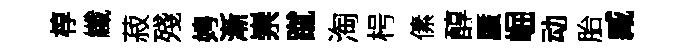
椁纖菽殘娉漸崇蹴淘枵傃醇蜃崛动胎臧